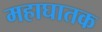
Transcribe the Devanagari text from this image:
महाघातक